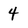
Character: 4